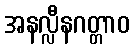
အနလ္လီနဂတ္တာဝ